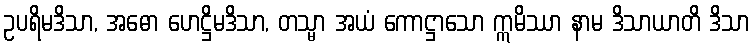
ဥပရိမဒိသာ, အဓော ဟေဋ္ဌိမဒိသာ, တသ္မာ အယံ ကောဋ္ဌာသော ဣမိဿာ နာမ ဒိသာယာတိ ဒိသာ